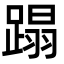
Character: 蹋